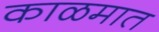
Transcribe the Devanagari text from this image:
काळमात